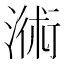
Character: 𣻚